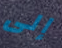
إلى